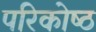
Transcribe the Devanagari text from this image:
परिकोष्‍ठ